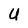
Character: U